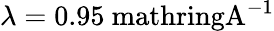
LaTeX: \lambda=0.95\mathrm{\ mathring{A}^{-1}}